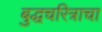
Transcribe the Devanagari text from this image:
बुद्धचरित्राचा